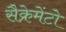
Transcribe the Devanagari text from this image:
सैक्रेमेंटो